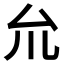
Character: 𠫝